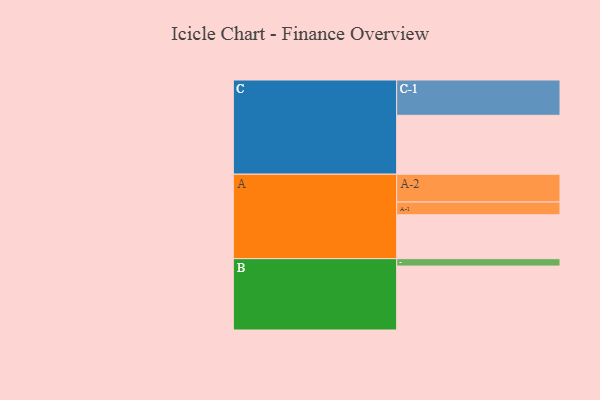
{"axis": {"x": "Segment", "y": "Value"}, "legend": ["", "A", "B", "C"], "data": [{"x": "A", "y": 368, "type": ""}, {"x": "B", "y": 536, "type": ""}, {"x": "C", "y": 494, "type": ""}, {"x": "A-1", "y": 107, "type": "A"}, {"x": "A-2", "y": 233, "type": "A"}, {"x": "B-1", "y": 62, "type": "B"}, {"x": "C-1", "y": 296, "type": "C"}]}